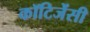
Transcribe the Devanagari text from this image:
कॉटिजेंसी